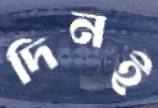
দিনই